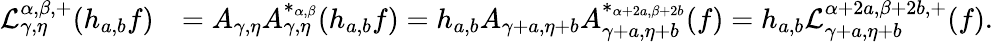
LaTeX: \begin{array}{rl}{\mathcal{L}_{\gamma,\eta}^{\alpha,\beta,+}(h_{a,b}f)}&{=A_{\gamma,\eta}A_{\gamma,\eta}^{*_{\alpha,\beta}}(h_{a,b}f)=h_{a,b}A_{\gamma+a,\eta+b}A_{\gamma+a,\eta+b}^{*_{\alpha+2a,\beta+2b}}(f)=h_{a,b}\mathcal{L}_{\gamma+a,\eta+b}^{\alpha+2a,\beta+2b,+}(f).}\end{array}